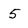
Character: 5